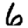
Digit: 6